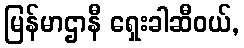
မြန်မာဌာနီ ရှေးခါဆီဝယ်,